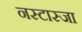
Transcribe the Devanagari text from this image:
नस्टास्जा